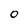
Character: 0